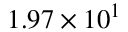
1 . 9 7 \times 1 0 ^ { 1 }